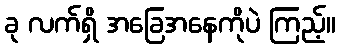
ခု လက်ရှိ အခြေအနေကိုပဲ ကြည့်။